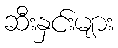
ဆီးနှင်းများ